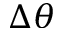
\Delta \theta